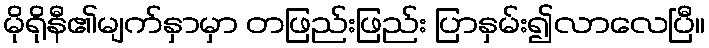
မိုရိုနီ၏မျက်နှာမှာ တဖြည်းဖြည်း ပြာနှမ်း၍လာလေပြီ။